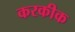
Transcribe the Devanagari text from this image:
करकीक